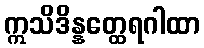
ဣသိဒိန္နတ္ထေရဂါထာ